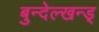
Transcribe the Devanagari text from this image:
बुन्देल्खन्ड्